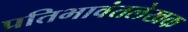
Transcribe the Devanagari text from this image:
प्रतिभावंतलेखक